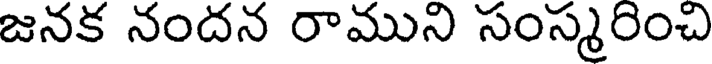
జనక నందన రాముని సంస్మరించి